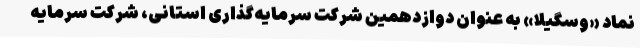
نماد «وسگیلا» به عنوان دوازدهمین شرکت سرمایه‌گذاری استانی، شرکت سرمایه